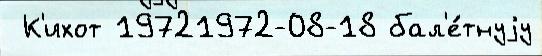
 К'ихот 19721972-08-18 бал'е́тнуjу